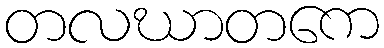
တလဃာတကေ